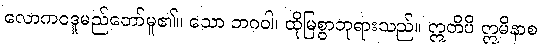
လောကဝဒူမည်တော်မူ၏။ သော ဘဂဝါ၊ ထိုမြစွာဘုရားသည်။ ဣတိပိ ဣမိနာစ